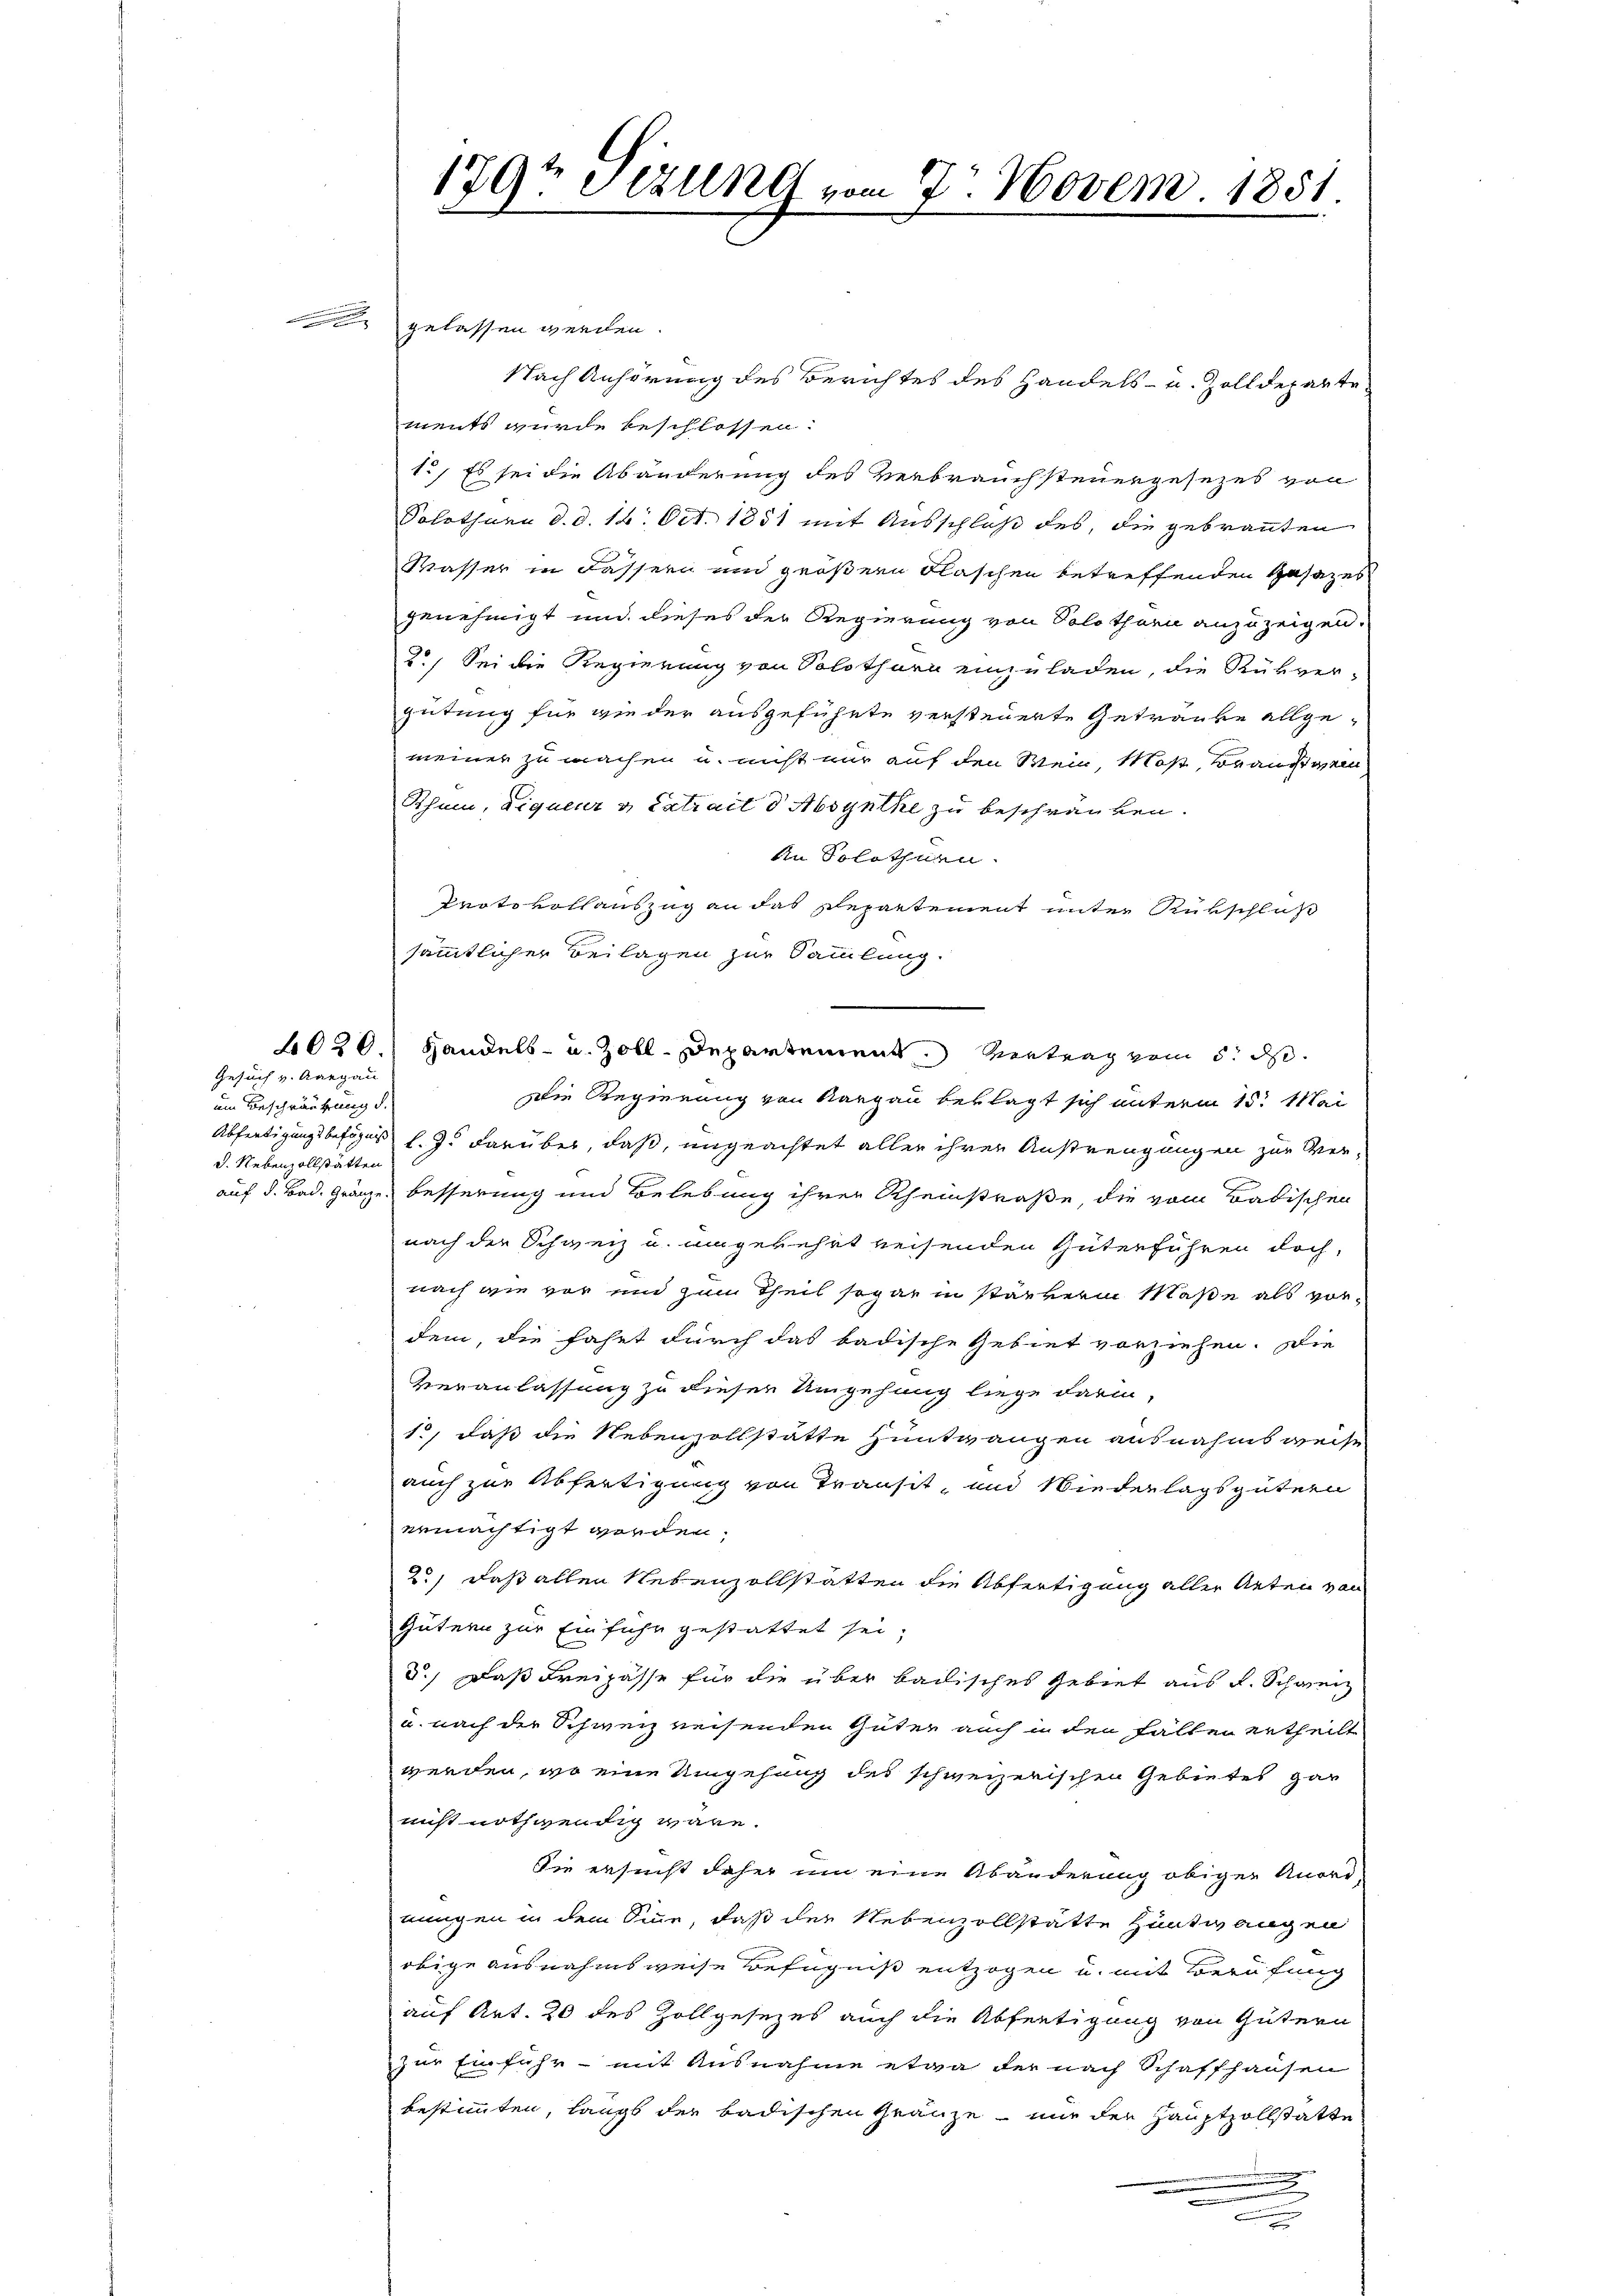
Gesuch v. Aargau
um Beschränkung d.
d. Nebenzollstätten

gelassen werden.
Nach Anhörung des Berichtes des Handels- u. Zolldeparte
ments wurde beschlossen:
1., Es sei die Abänderung des Verbrauchsteuergesezes von
Solothurn d. d. 16. Oct. 1851 mit Ausschluß des, die gebrannten
Wasser in Fassern und größern Flaschen betreffenden Gasazes
genehmigt und dieses der Regierung von Solothurn anzuzeigen.
2.) Sei die Regierung von Solothurn einzuladen, die Rükvergütung für wie der ausgeführte versteuerte Getränke allgemeiner zu machen u. nicht nur auf den Wein, Moß, Brauten,
Athum, Liquer & Extrait d Absynthe zu beschränken.
An Solothurn.
Protokollauszug an das Repartement unter Rükschluß
sämmtlicher Beilagen zur Sammlung.
4020.) Handels- u. Zoll. Departement. Vertrag vom 5. d.
Die Regierung von Aargau beklagt sich unterm 15. Mai
Abfertigungsbefugus l. J. darüber, daß, ungeachtet aller ihrer Anstrengungen zur Verauf d. Bad. Gränze besserung und Belebung ihrer Rheinstraße, die vom Badischen
nach der Schweiz u. umgekehrt weisenden Güterführen doch,
nach wie vor und zum Theil sogar in stärkern Maße als vordem, die fahrt durch das badische Gebiet vorziehen. Die
Veranlassung zu dieser Umgehung liege darin,
1., daß die Nebenzollstätte Hüntwangen ausnahmsweise
auch zur Abfertigung von Transit, und Wiederlagsgütern
ermächtigt worden.
2) daß allen Nebenzollstatten die Abfertigung aller Arten von
Gütern zur Einfuhr gestattet sei,
d.) Daß Freipässe für die über badisches Gebiet aus d. Schweiz
u. nach der Schweiz reisenden Güter auch in den Fällen ertheilt
werden, wo eine Umgehung des schweizerischen Gebietes gar
nicht nothwendig wäre.
Sie ersucht daher um eine Abänderung obiger Anord-
mungen in dem Sinne, daß der Nebenzollstatte Hüntwangen
obige ausnahmsweise Befugniß entzogen u. mit Berufung
auf Art. 20 des Zollgesezes auch die Abfertigung von Gütern
zur Einfuhr - mit Ausnahme etwa der nach Schaffhausen
bestimmten, langs der badischen Gränze nur der Hauptzollstatte
.

179t Sezung vom 7. Novem. 1851.
8
e